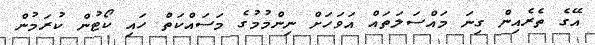
އޭގެ ތެރެއިން ގިނަ މައްސަލަތައް އަވަހަށް ނިންމުމުގެ މަސައްކަތް ހައި ކޯޓުން ކުރަމުން